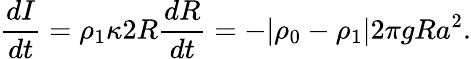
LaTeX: \frac{dI}{dt}=\rho_{1}\kappa 2R\frac{dR}{dt}=-|\rho_{0}-\rho_{1}|2\pi gRa^{2}.